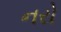
નરો